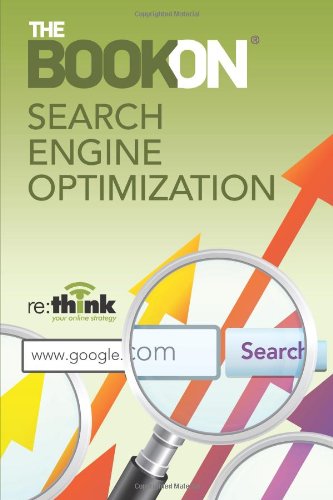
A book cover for The Book On Search Engine Optimization; re:think; Computers & Technology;